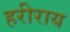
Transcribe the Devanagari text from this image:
हरीराय